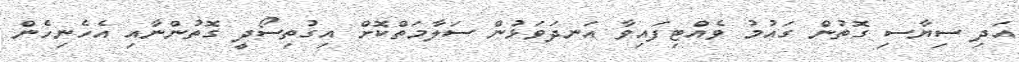
އަދި ސިޔާސި ގޮތުން ގައުމު ވެއްޓިފައިވާ އަނދަވަޅުން ސަލާމަތްކޮށް އިގުތިސޯދީ ގޮތުންނާއި އެހެނިހެން